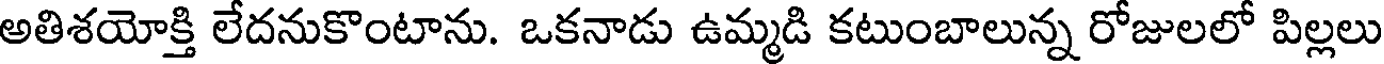
అతిశయోక్తి లేదనుకొంటాను. ఒకనాడు ఉమ్మడి కటుంబాలున్న రోజులలో పిల్లలు